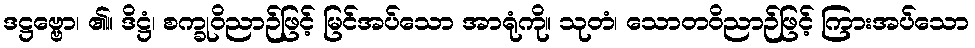
ဒဋ္ဌဗ္ဗော၊ ၏။ ဒိဋ္ဌံ၊ စက္ခုဝိညာဉ်ဖြင့် မြင်အပ်သော အာရုံကို။ သုတံ၊ သောတဝိညာဉ်ဖြင့် ကြားအပ်သော